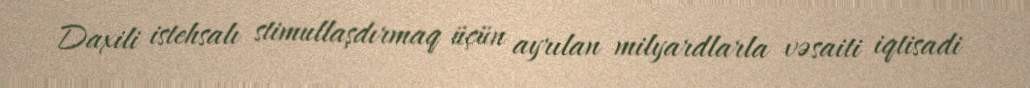
Daxili istehsalı stimullaşdırmaq üçün ayrılan milyardlarla vəsaiti iqtisadi